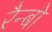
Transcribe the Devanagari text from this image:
रैन्बो